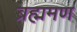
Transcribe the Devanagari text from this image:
ब्रह्ममण